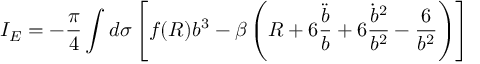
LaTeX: I _ { E } = - \frac { \pi } { 4 } \int d \sigma \left[ f ( R ) b ^ { 3 } - \beta \left( R + 6 \frac { \ddot { b } } { b } + 6 \frac { \dot { b } ^ { 2 } } { b ^ { 2 } } - \frac { 6 } { b ^ { 2 } } \right) \right]